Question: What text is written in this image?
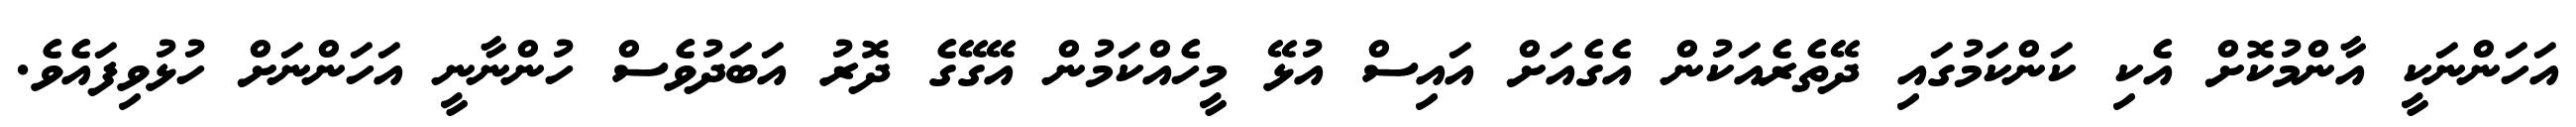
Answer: އަހަންނަކީ އާންމުކޮށް އެކި ކަންކަމުގައި ދޭތެރެއަކުން އެގެއަށް އައިސް އުޅޭ މީހެއްކަމުން އޭގޭގެ ދޮރު އަބަދުވެސް ހުންނާނީ އަހަންނަށް ހުޅުވިފައެވެ.